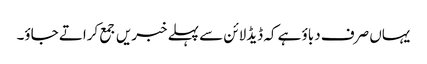
یہاں صرف دباؤ ہے کہ ڈیڈلائن سے پہلے خبریں جمع کراتے جاؤ۔